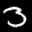
Label: 3